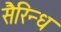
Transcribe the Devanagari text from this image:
सैरिन्ध